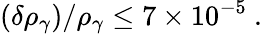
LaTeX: (\delta\rho_{\gamma})/\rho_{\gamma}\leq 7\times 10^{-5}~.